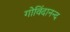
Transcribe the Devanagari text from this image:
गोविंदानन्द